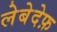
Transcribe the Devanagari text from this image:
लेबेदेफ़